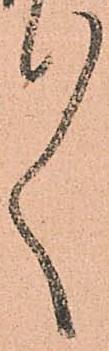
々